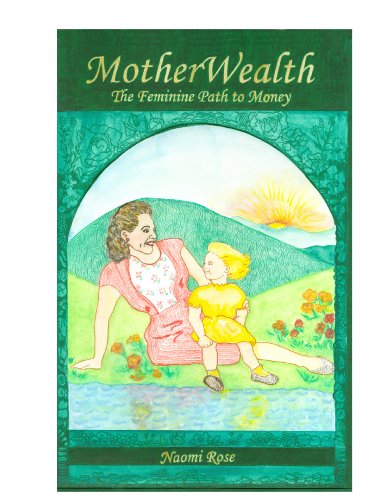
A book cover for MotherWealth: The Feminine Path to Money; Naomi Rose; Religion & Spirituality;